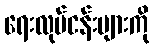
ရေးလုပ်ငန်းများကို